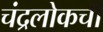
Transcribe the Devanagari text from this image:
चंद्रलोकची